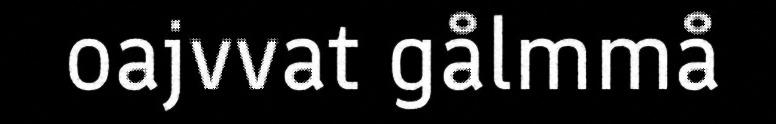
oajvvat gålmmå